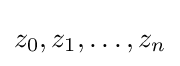
z_{0},z_{1},\ldots ,z_{n}